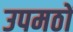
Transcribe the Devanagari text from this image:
उपमठों